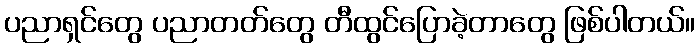
ပညာရှင်တွေ ပညာတတ်တွေ တီထွင်ပြောခဲ့တာတွေ ဖြစ်ပါတယ်။